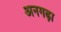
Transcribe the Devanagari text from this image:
अनगढ़ा